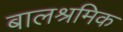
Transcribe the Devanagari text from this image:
बालश्रमिक